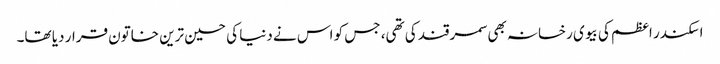
اسکندر اعظم کی بیوی رخسانہ بھی سمرقند کی تھی، جس کو اس نے دنیا کی حسین ترین خاتون قرار دیا تھا۔